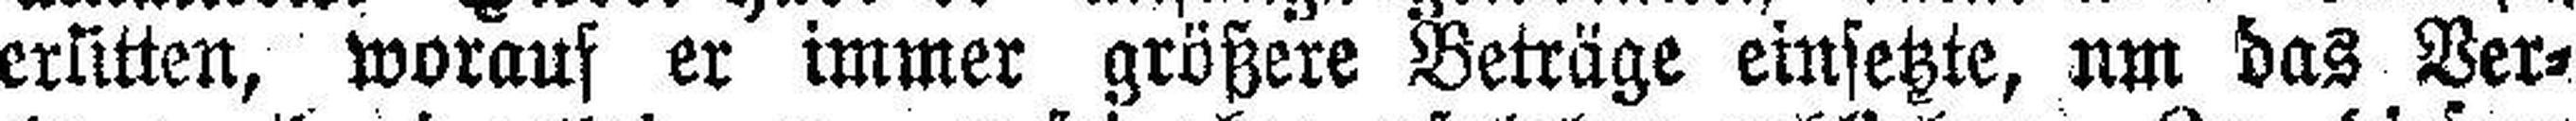
erlitten, worauf er immer größere Beträge einsetzte, um das Ver¬